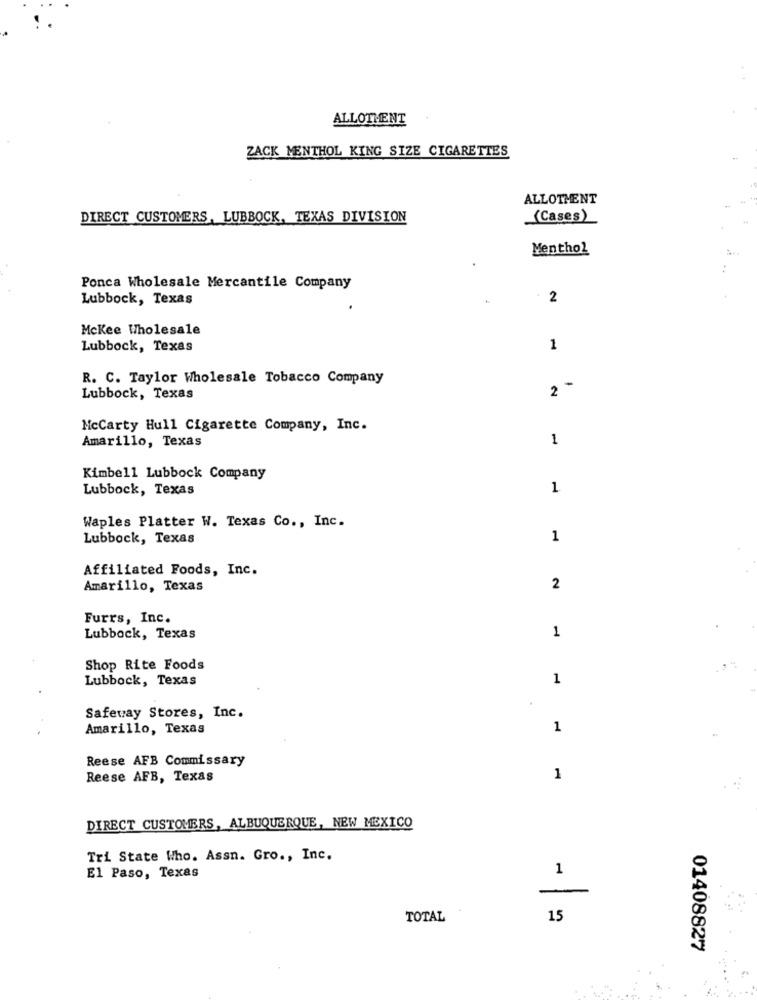
ALLOTMENT
ZACK MENTHOL KING SIZE CIGARETTES
ALLOTMENT
DIRECT CUSTOMERS, LUBBOCK, TEXAS DIVISION
(Cases)
Menthol
Ponca Wholesale Mercantile Company
Lubbock, Texas
2
Mckee Wholesale
Lubbock, Texas
1
R. C. Taylor Wholesale Tobacco Company
Lubbock, Texas
2
McCarty Hull Cigarette Company, Inc.
1
Amarillo, Texas
Kimbe11 Lubbock Company
Lubbock, Texas
1
Waples Platter W. Texas Co ., Inc.
Lubbock, Texas
1
Affiliated Foods, Inc.
Amarillo, Texas
2
Furrs, Inc.
1
Lubbock, Texas
Shop Rite Foods
Lubbock, Texas
1
Safeway Stores, Inc.
Amarillo, Texas
1
Reese AFB Commissary
Reese AFB, Texas
1
DIRECT CUSTOMERS, ALBUQUERQUE, NEW MEXICO
Tri State Who. Assn. Gro ., Inc.
1
El Paso, Texas
-
TOTAL
15
01408827